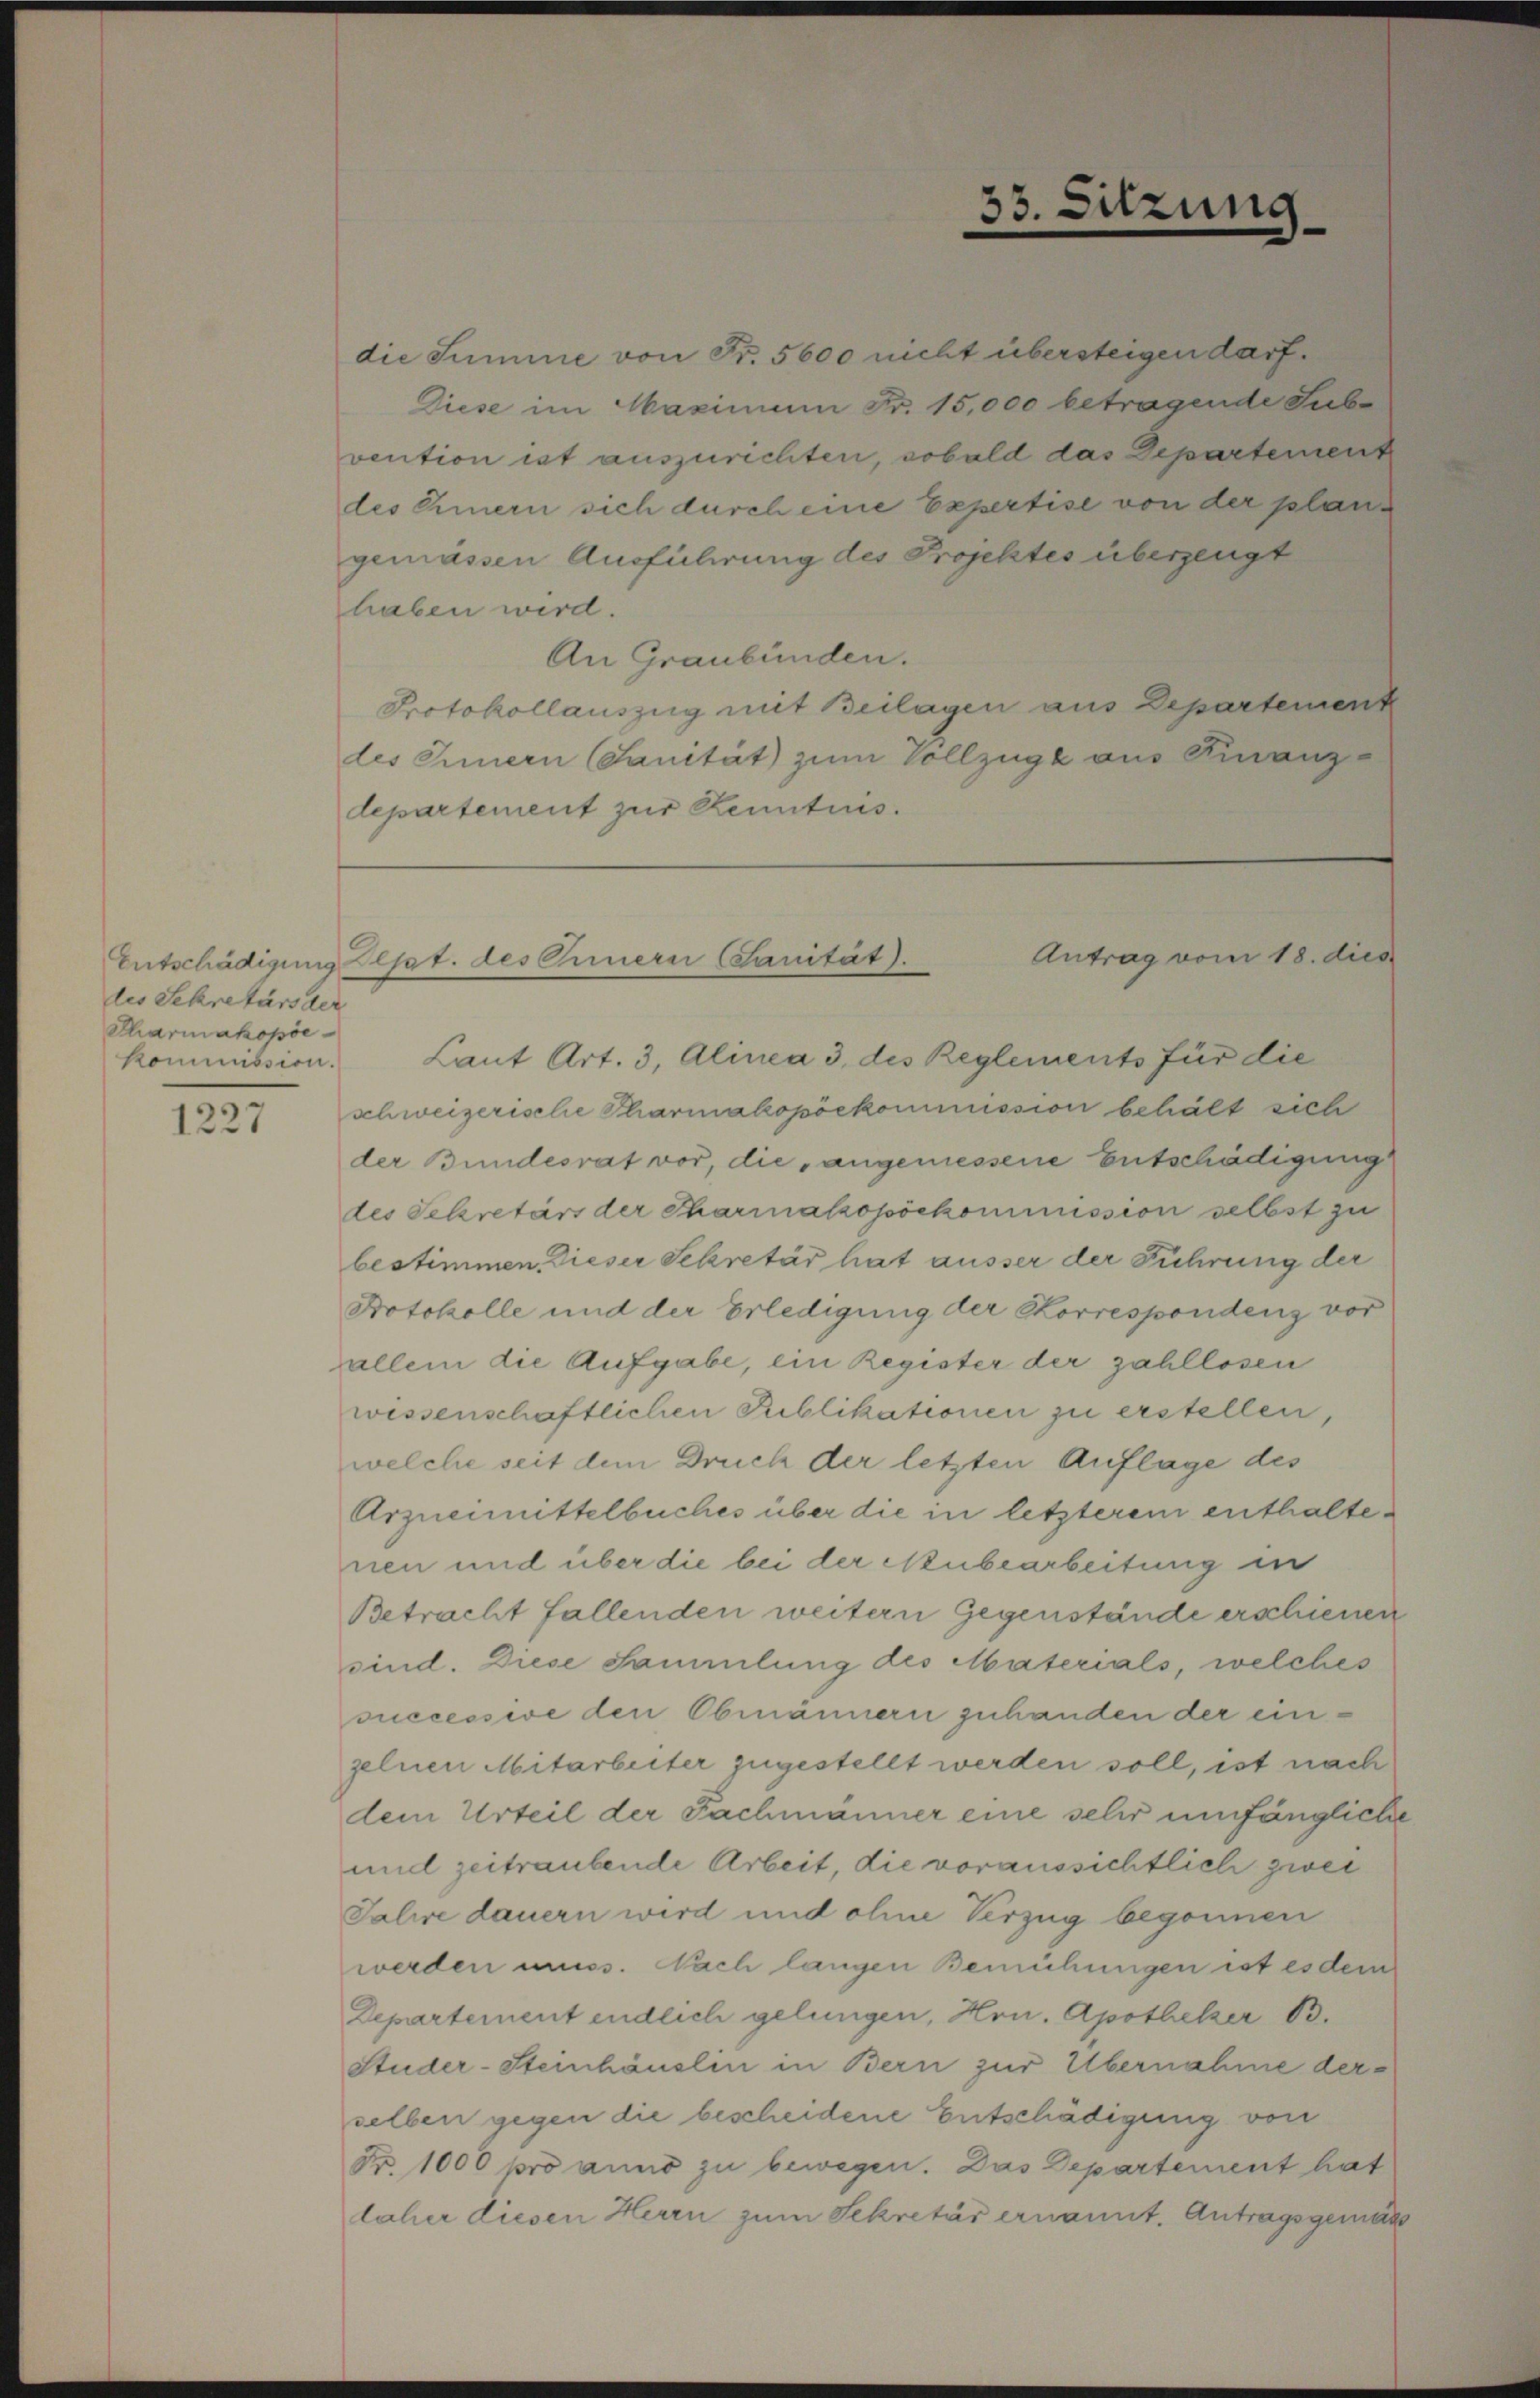
des Schretärs der
Tharmakopöe
kommission.

1227

die Summe von Fr. 5600 nicht übersteigen darf.
Diese im Maximum Fr. 15,000 betragende Sub-
vention ist auszurichten, sobald das Departement
des Innern sich durch eine Expertise von der plangemässen Ausführung des Projektes überzeugt
haben wird.
An Graubünden.
Protokollauszug mit Beilagen aus Departement
des Innern (Sanität zum Vollzüge aus Finanz-
departement zur Kenntnis.

33. Sitzung

Laut Art. 3, Alinea 3. des Reglements für die
schweizerische Pharmakopöekommission behält sich
der Bundesrat vor, die „angemessene Entschädigung
des Sekretärs der Pharmakopöckommission selbst zu
bestimmen, dieser Sekretär hat ausser der Führung der
Protokolle und der Erledigung der Korrespondenz vor
allem die Aufgabe, ein Register der zahllosen
wessenschaftlichen Publikationen zu erstellen,
welche seit dem Druch der letzten Auflage des
Arzneimittelbuches über die in letzterem enthaltenen und über die bei der Nubearbeitung in
Betracht fallenden weitern Gegenstände erschienen
sind. Diese Sammlung des Materials, welches
ouccessive den Obmännern zuhanden der einzelnen Mitarbeiter zugestellt werden soll, ist nach
dem Urteil der Fachmanner eine sehr umfängliche
und zeitraubende Arbeit, die voraussichtlich zwei
Talire dauern wird und ohne Verzug begonnen
werden muss. Nach langen Bemühungen ist es dem
Departement endlich gelungen, Hrn. Apotheker 13.
Studer-Steinhäuslin in Bern zur Übernahme derselben gegen die bescheidene Entschädigung von
Fr. 1000 pro anno zu bewegen. Das Departement hat
laher diesen Herrn zum Sekretär ernannt. Antragsgemäss

Antrag vom 18. dies
Entschädigung Sept. des Innern (Sanität).